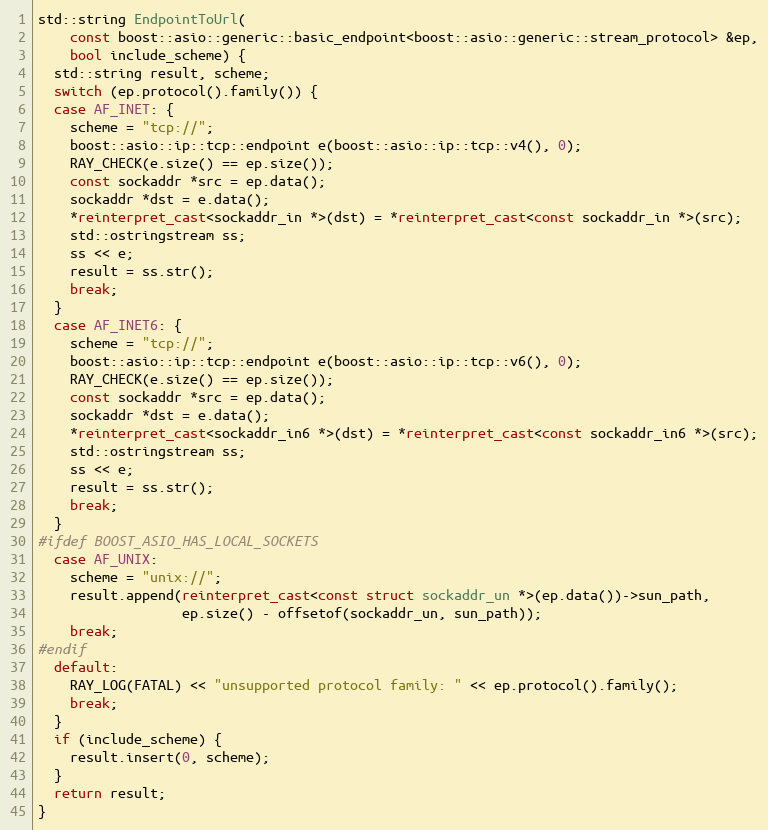
Language: C++
std::string EndpointToUrl(
    const boost::asio::generic::basic_endpoint<boost::asio::generic::stream_protocol> &ep,
    bool include_scheme) {
  std::string result, scheme;
  switch (ep.protocol().family()) {
  case AF_INET: {
    scheme = "tcp://";
    boost::asio::ip::tcp::endpoint e(boost::asio::ip::tcp::v4(), 0);
    RAY_CHECK(e.size() == ep.size());
    const sockaddr *src = ep.data();
    sockaddr *dst = e.data();
    *reinterpret_cast<sockaddr_in *>(dst) = *reinterpret_cast<const sockaddr_in *>(src);
    std::ostringstream ss;
    ss << e;
    result = ss.str();
    break;
  }
  case AF_INET6: {
    scheme = "tcp://";
    boost::asio::ip::tcp::endpoint e(boost::asio::ip::tcp::v6(), 0);
    RAY_CHECK(e.size() == ep.size());
    const sockaddr *src = ep.data();
    sockaddr *dst = e.data();
    *reinterpret_cast<sockaddr_in6 *>(dst) = *reinterpret_cast<const sockaddr_in6 *>(src);
    std::ostringstream ss;
    ss << e;
    result = ss.str();
    break;
  }
#ifdef BOOST_ASIO_HAS_LOCAL_SOCKETS
  case AF_UNIX:
    scheme = "unix://";
    result.append(reinterpret_cast<const struct sockaddr_un *>(ep.data())->sun_path,
                  ep.size() - offsetof(sockaddr_un, sun_path));
    break;
#endif
  default:
    RAY_LOG(FATAL) << "unsupported protocol family: " << ep.protocol().family();
    break;
  }
  if (include_scheme) {
    result.insert(0, scheme);
  }
  return result;
}